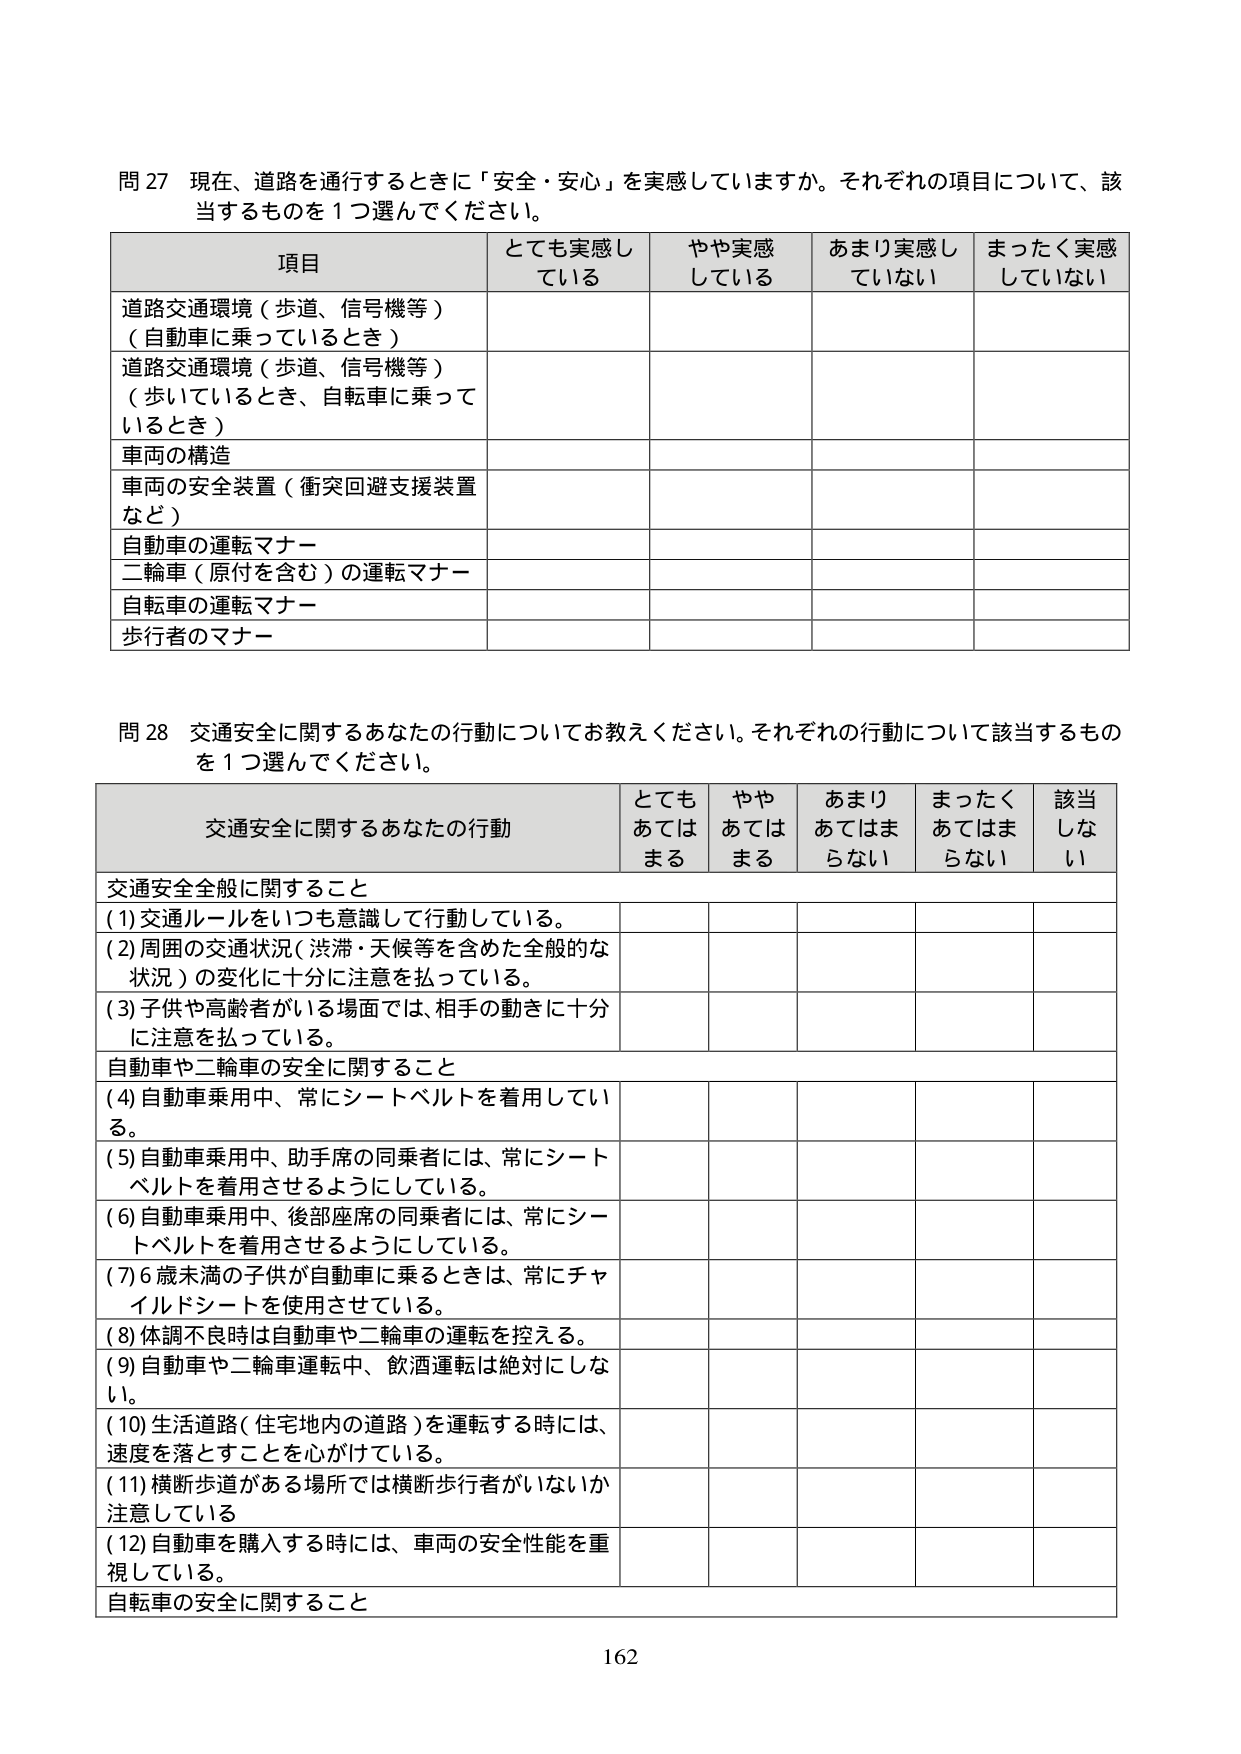
問 27 現在、道路を通行するときに「安全・安心」を実感していますか。それぞれの項目について、該当するものを１つ選んでください。

項目 とても実感している やや実感している あまり実感していない まったく実感していない
道路交通環境（歩道、信号機等）（自動車に乗っているとき）
道路交通環境（歩道、信号機等）（歩いているとき、自転車に乗っているとき）
車両の構造
車両の安全装置（衝突回避支援装置など）
自動車の運転マナー
二輪車（原付を含む）の運転マナー
自転車の運転マナー
歩行者のマナー

問 28 交通安全に関するあなたの行動についてお教えください。それぞれの行動について該当するものを１つ選んでください。

交通安全に関するあなたの行動 とてもあてはまる ややあてはまる あまりあてはまらない まったくあてはまらない 該当しない
交通安全全般に関すること
(1) 交通ルールをいつも意識して行動している。
(2) 周囲の交通状況（渋滞・天候等を含めた全般的な状況）の変化に十分に注意を払っている。
(3) 子供や高齢者がいる場面では、相手の動きに十分に注意を払っている。
自動車や二輪車の安全に関すること
(4) 自動車乗用中、常にシートベルトを着用している。
(5) 自動車乗用中、助手席の同乗者には、常にシートベルトを着用させるようにしている。
(6) 自動車乗用中、後部座席の同乗者には、常にシートベルトを着用させるようにしている。
(7) 6歳未満の子供が自動車に乗るときは、常にチャイルドシートを使用させている。
(8) 体調不良時は自動車や二輪車の運転を控える。
(9) 自動車や二輪車運転中、飲酒運転は絶対にしない。
(10) 生活道路（住宅地内の道路）を運転する時には、速度を落とすことを心がけている。
(11) 横断歩道がある場所では横断歩行者がいないか注意している
(12) 自動車を購入する時には、車両の安全性能を重視している。
自転車の安全に関すること

162